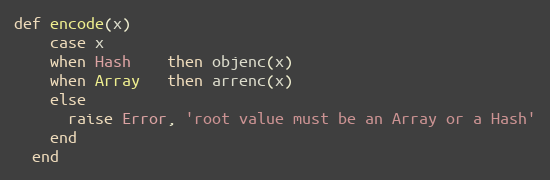
Language: Ruby
def encode(x)
    case x
    when Hash    then objenc(x)
    when Array   then arrenc(x)
    else
      raise Error, 'root value must be an Array or a Hash'
    end
  end